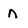
Character: n